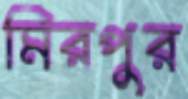
মিরপুর